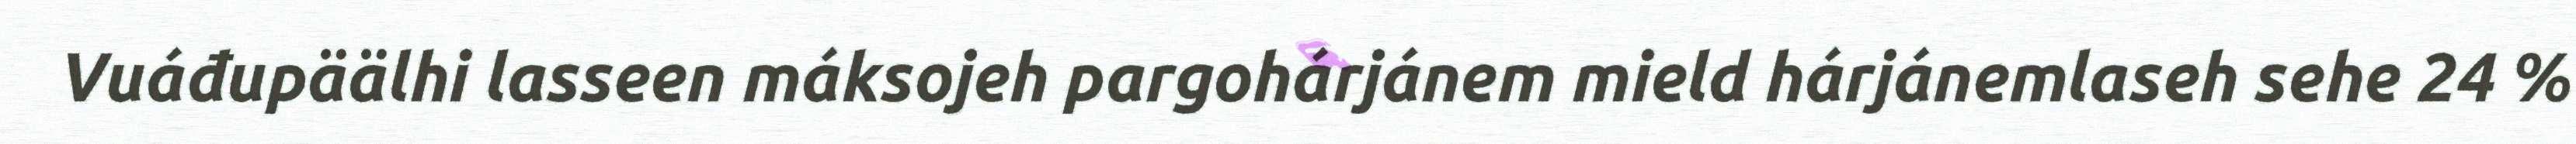
Vuáđupäälhi lasseen máksojeh pargohárjánem mield hárjánemlaseh sehe 24 %